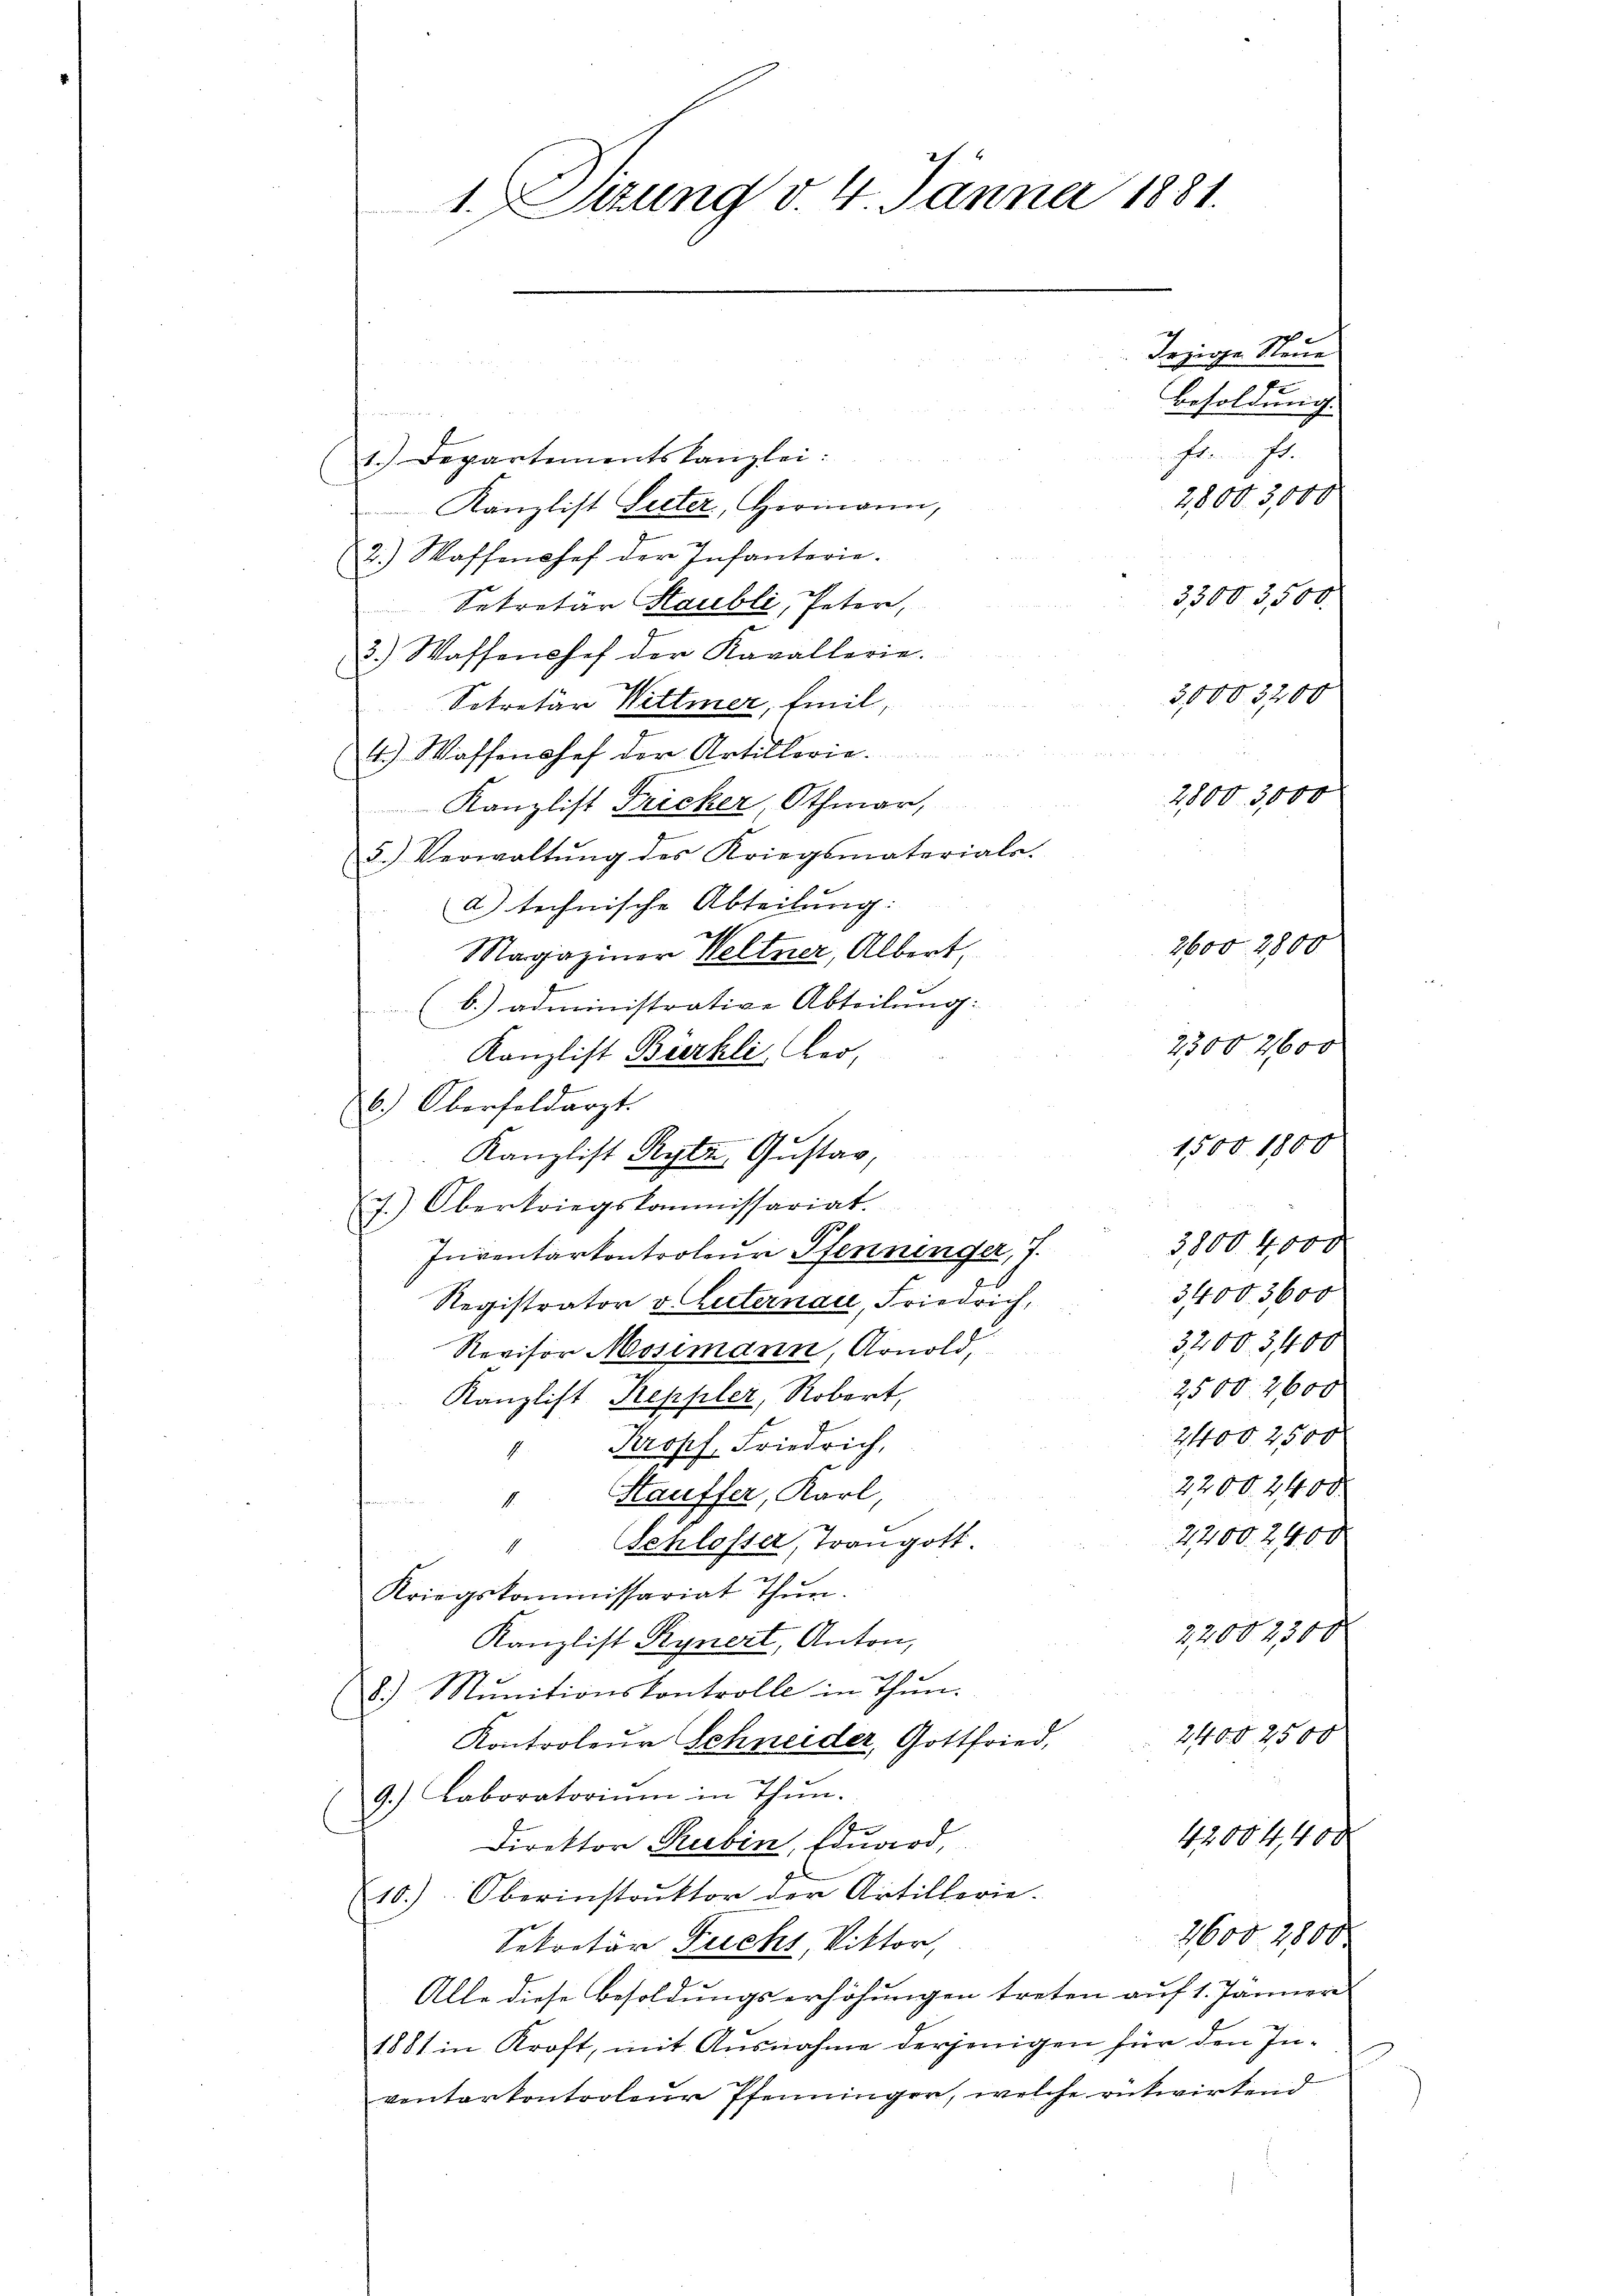
1. Sizung d. 4. Jänner 1881.

Jrzige Neue
Besoldung
hr. f.
1.) Departementskanzlei:
2800 3,000
Kanzlist Lister, Hermann,
2.) Wassenohef der Infanterie.
3300 3,500.
Sekretär Staubli, Peter,
3.) Waffenshof der Kavallerie.
3,0003200
u
Sekretär Wittmer, Emil,

4.) Wassenshof der Artillerie.
2800 3,000
Kanzlist Fricker, Othmar,
5.) Verwaltŭng des Kriegsmateriale.
a) technische Abteilung:
Magaziner Weltner, Albert,
(b.) administrative Abteilung:
2300, 2600
Kanzlist Bierhli, Ber¬
6.) Oberfeldarzt.
1500 1800
Kanzlist Rytz Gustav,
Es.) Oberkriegskommissariat.
p
3000. 4000
Inventarkontroleur Pfenninger, 7.
3400. 3600
Registrator v. Luternau, Friedrich,
3200. 5400
Revisor Mosimann Arnold,
2500. 2600
Kanzlist Keppler, Robert,
2400 2500
" Kropf, Friedrich,
2200 2400
Hauffer, Karl
e
4
2200. 2400
Schlosser, Trangott.
1
Kriegskommissariat thŭn.
22002300
Kanzlist Rynert, Anton,
8.) Mŭnitionskontrolle in Thun.
2400 2500
Kontroleur Schneider, Gottfried,
9.) Laboratorium in Thun.
42004,400
Direktor Rubin, Eduard,
10.) Oberinstrŭktor der Artillerie.
2600. 2800.
Sekretär Fuchs, Viktor,
Alle diese Besoldungserhöhungen treten auf 1. Jänner
1881 in Kraft, mit Ausnahme derjenigen für den Inventarkontroleur Pfenninger, welche rükwirtend

2600 2800